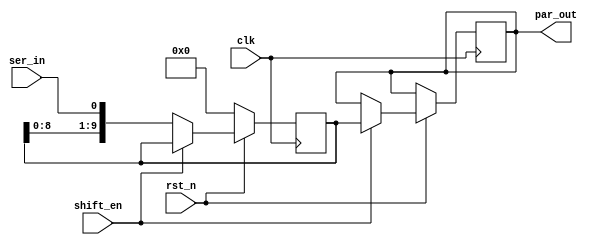
module sipo_10bit(
    input           clk,
    input           rst_n,
    input           ser_in,
    input           shift_en,
    output [9:0]    par_out
);

    reg [9:0]       shift_reg;

    always @ (posedge clk)begin
        if (!rst_n) begin
            shift_reg <= 10'b0000000000;
        end
        else begin
            if (shift_en) begin
                par_out <= shift_reg;
            end
            else shift_reg <= {shift_reg[8:0], ser_in};
        end
    end

endmodule